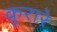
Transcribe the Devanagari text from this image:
कुरारे